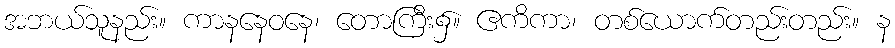
အဘယ်သူနည်း။ ကာနနေဝနေ၊ တောကြီး၌။ ဧကိကာ၊ တစ်ယောက်တည်းတည်း။ န